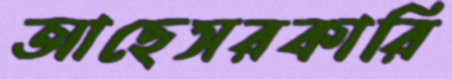
আছেসরকারি